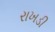
રાખડી